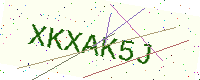
Text: XKXAK5J